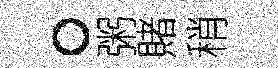
。粥賭稍